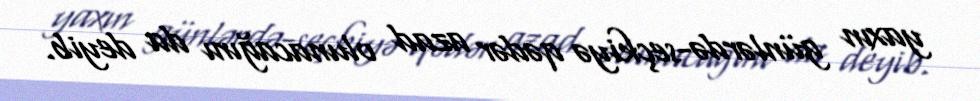
yaxın günlərdə-seçkiyə qədər azad olunacağını da deyib.